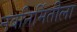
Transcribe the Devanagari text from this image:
नवनिर्मितीला